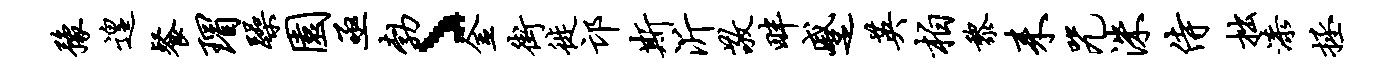
豫遑餐瑁躁园亟勃丶金街徙邙斯沂敬畔蹙英柏黎耒咒洙侍拙漆拯